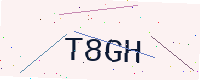
Text: T8GH